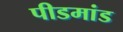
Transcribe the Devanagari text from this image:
पीडमांड